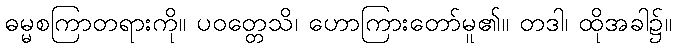
ဓမ္မစကြာတရားကို။ ပဝတ္တေသိ၊ ဟောကြားတော်မူ၏။ တဒါ၊ ထိုအခါ၌။